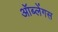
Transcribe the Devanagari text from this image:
ऑब्लेंगस